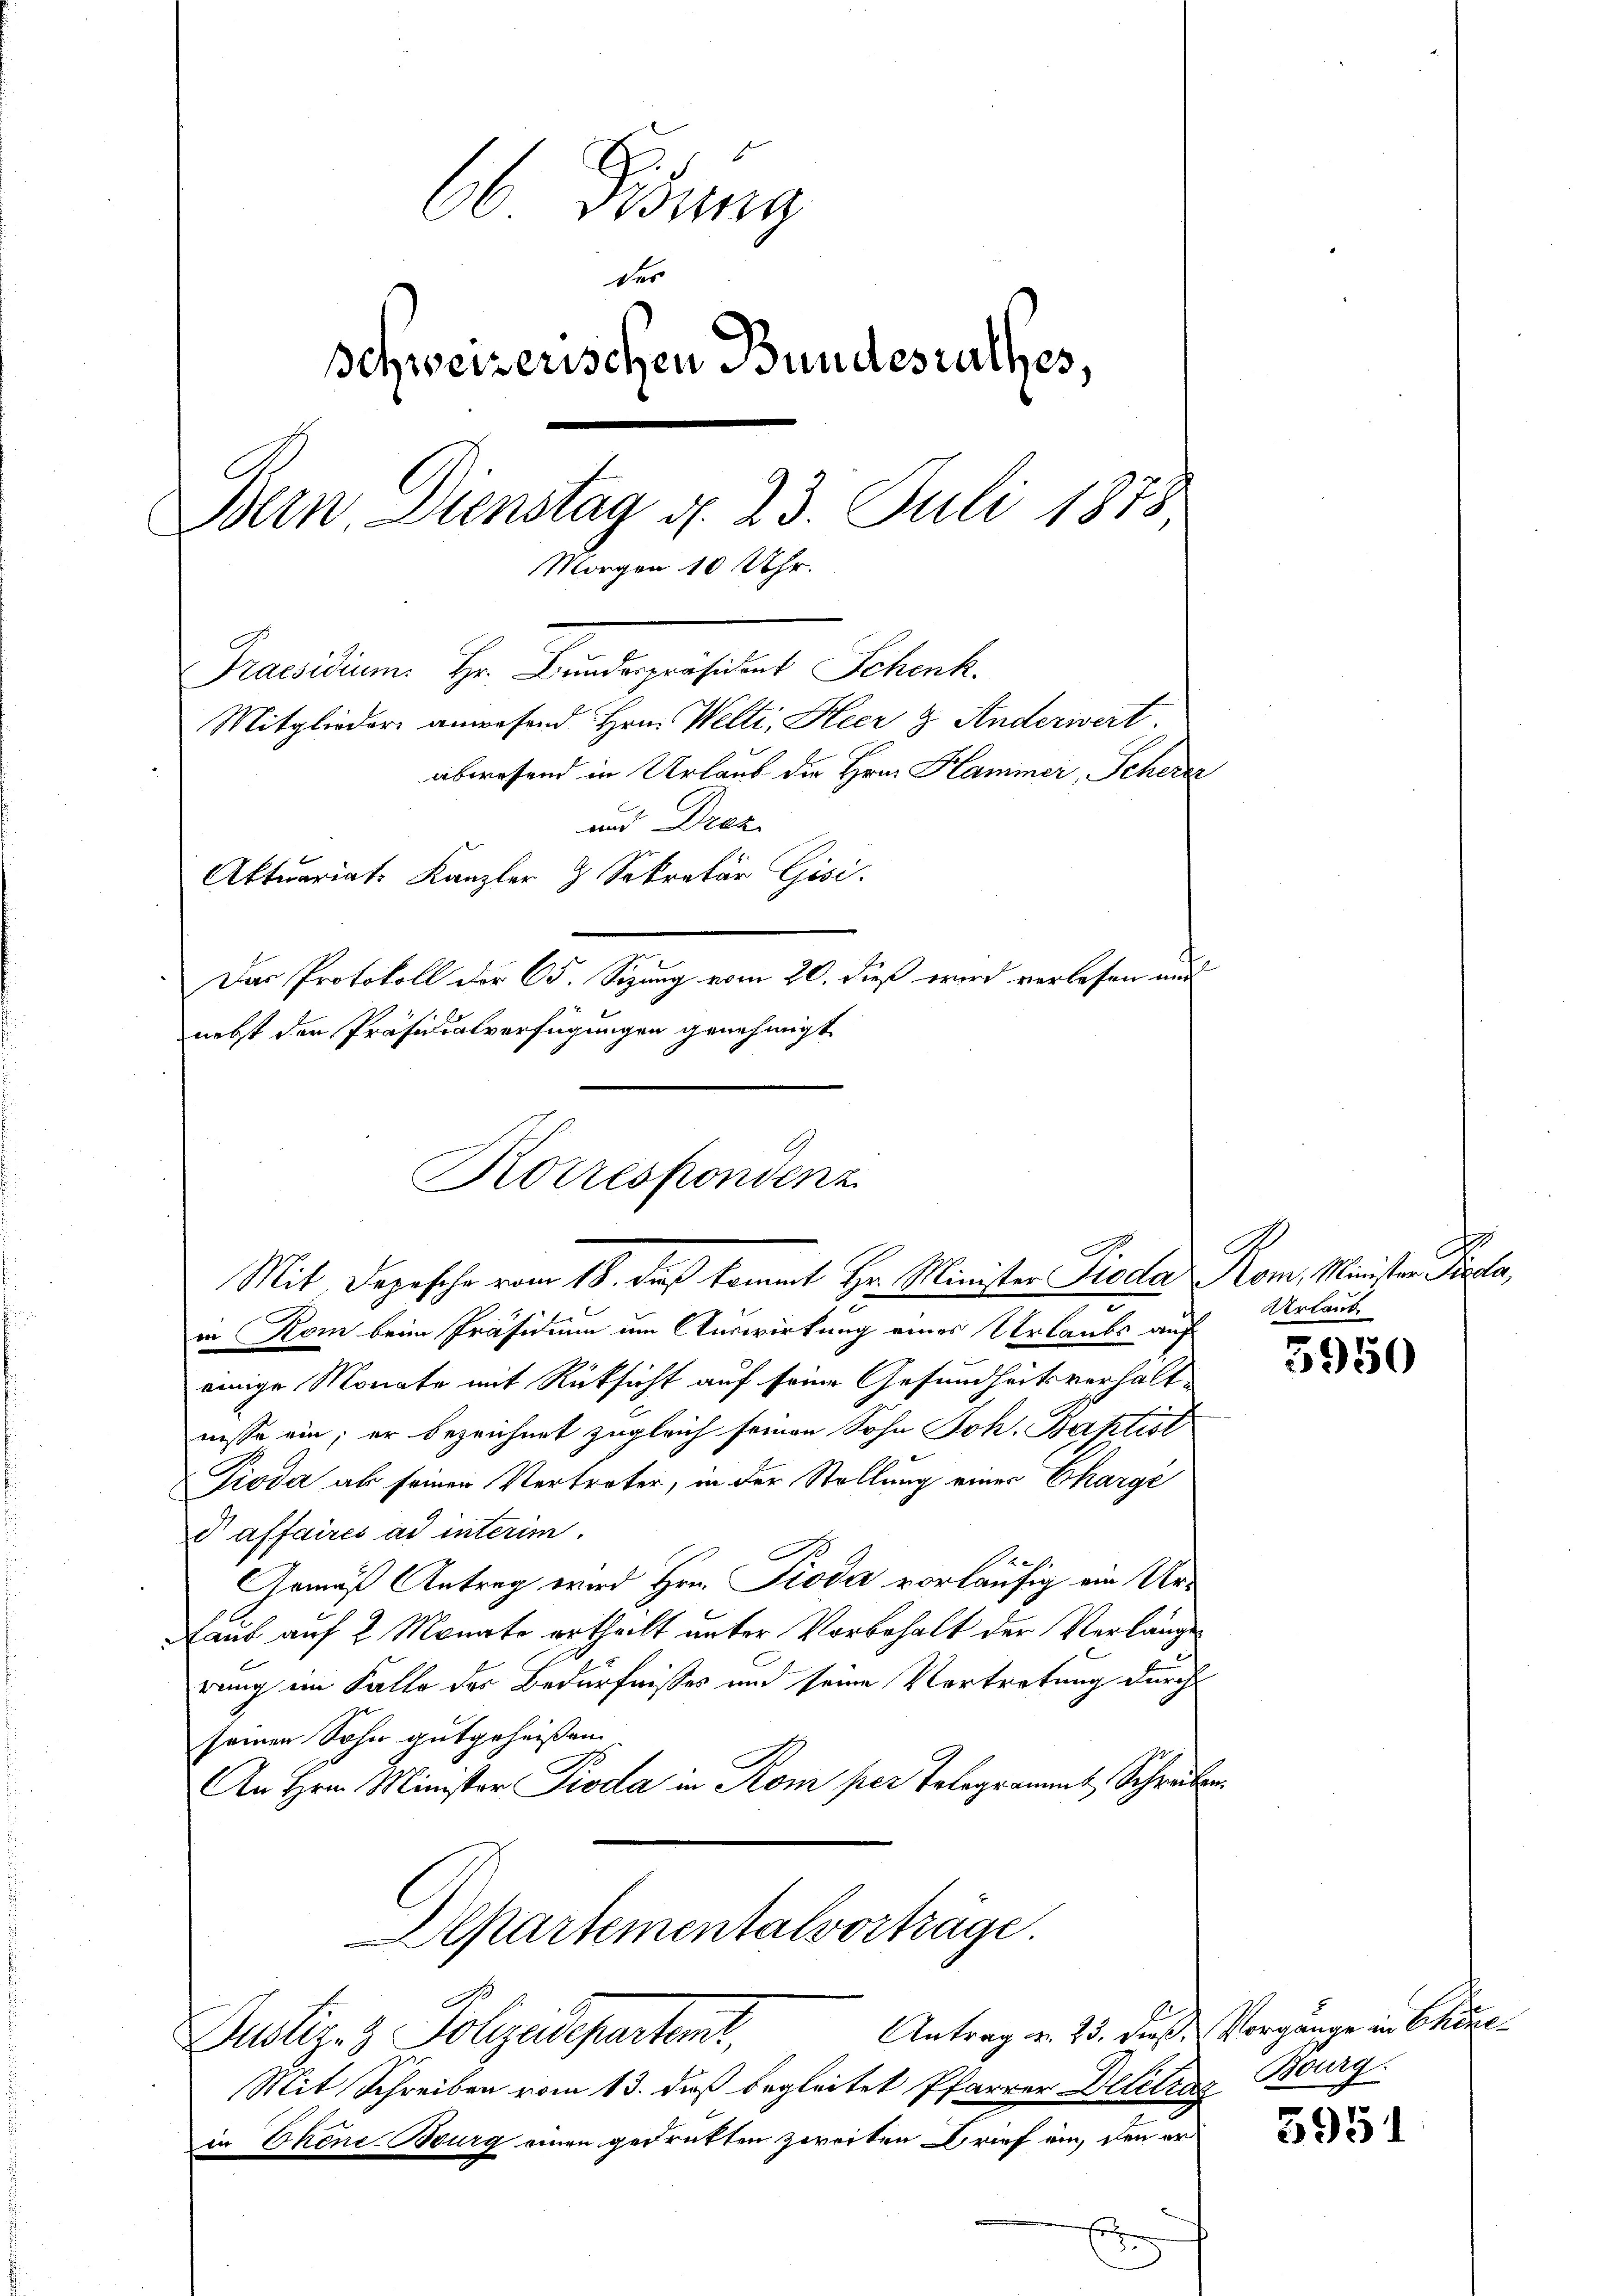
6 Fidung
des
Schweizerischen Bundesrathes,
Bern. Dienstag d. 23. Juli 1878
Morgen 10 Uhr.
Praesidium Hr. Bandespositat Schenk
Mitglieder anwesend Hrn. Welti, Heer & Anderwert.
abwesend in Urlaub die Hrn. Hammer, Scherz
und Droz.
Aktuariats Kanzler & Sekretär Gisi
Das Protokoll der C. Sitzung vom 20. dieß wird verlesen und
nebst den Präsidialverfügungen genehmigt

Korrespondenz

Mit Depesche vom 18. daß kommt Hr. Minister Lieda Rom, Minister Parla,

in Rom beim Präsidium um Auswirkung eines Urlaubs auf
einige Monate mit Rücksicht auf seine Gesundheitsverhaltnisse ein; er bezeichnet zugleich seinen Sohn Joh. Baktist
Pioda ab seinen Vertreter, in der Stellung einer Chargé
d affaires ad interim.
Gemäß Antrag wird Hrn. Pioda vorläufig ein Ur¬
Laub auf 2 Monate ertheilt unter Vorbehalt der Verlange
rung im Falle der Bedürfnisses und seine Vortretung durch
seinen Sohn gutgeheißen.
An Hrn. Minister Pioda in Rom per Telegrammt Schreiber
Departementalvorträge.
.
Antrag v. 25. dieß Vorgänge in Chine
Dustizez Polizeideparteme,
Mit Schreiben vom 13. daß begleitet Pfarrer Delitrag Bourg.
in Ehene Burg einen gedrükten zweiten Brief ein, den er
d

A
Artant

5950

5951